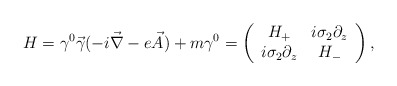
\begin{align*}H = \gamma^{0}\vec{\gamma}(-i\vec{\nabla}-e\vec{A})+m\gamma^{0}=\left(\begin{array}{cc} H_{+} & i\sigma_{2}\partial_{z} \\ i\sigma_{2}\partial_{z} & H_{-}\end{array}\right) ,\end{align*}